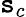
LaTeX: \mathtt{s}_{c}